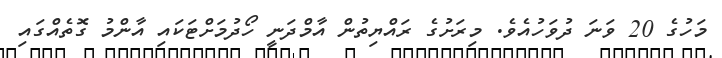
މަހުގެ 20 ވަނަ ދުވަހުއެވެ. މިރަށުގެ ރައްޔިތުން އާމްދަނީ ހޯދުމަށްޓަކައި އާންމު ގޮތެއްގައި